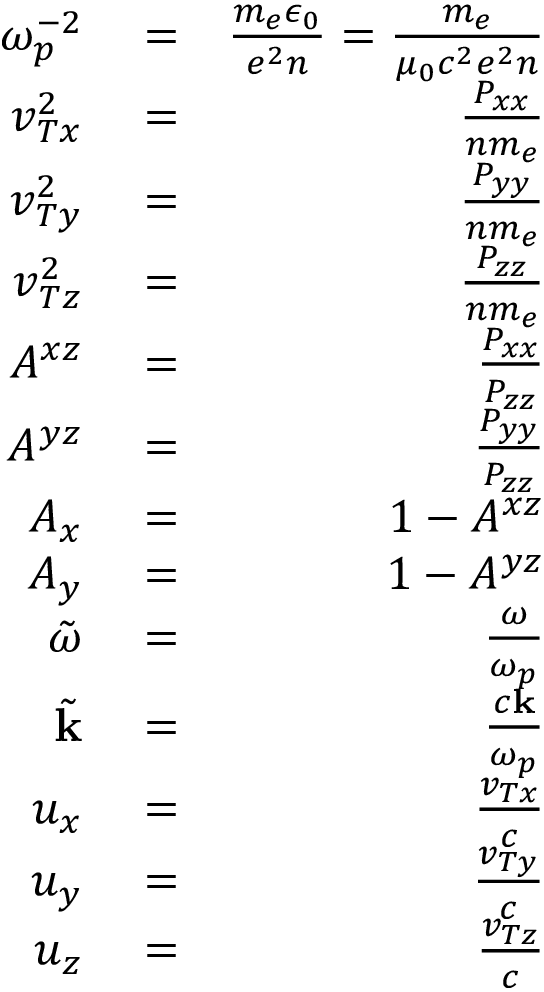
\begin{array} { r l r } { \omega _ { p } ^ { - 2 } } & { { } = } & { { \frac { m _ { e } \epsilon _ { 0 } } { e ^ { 2 } n } } = { \frac { m _ { e } } { \mu _ { 0 } c ^ { 2 } e ^ { 2 } n } } } \\ { v _ { T x } ^ { 2 } } & { { } = } & { { \frac { P _ { x x } } { n m _ { e } } } } \\ { v _ { T y } ^ { 2 } } & { { } = } & { { \frac { P _ { y y } } { n m _ { e } } } } \\ { v _ { T z } ^ { 2 } } & { { } = } & { { \frac { P _ { z z } } { n m _ { e } } } } \\ { A ^ { x z } } & { { } = } & { \frac { P _ { x x } } { P _ { z z } } } \\ { A ^ { y z } } & { { } = } & { \frac { P _ { y y } } { P _ { z z } } } \\ { A _ { x } } & { { } = } & { 1 - A ^ { x z } } \\ { A _ { y } } & { { } = } & { 1 - A ^ { y z } } \\ { \tilde { \omega } } & { { } = } & { \frac { \omega } { \omega _ { p } } } \\ { \tilde { \mathbf k } } & { { } = } & { \frac { c \mathbf k } { \omega _ { p } } } \\ { u _ { x } } & { { } = } & { \frac { v _ { T x } } { c } } \\ { u _ { y } } & { { } = } & { \frac { v _ { T y } } { c } } \\ { u _ { z } } & { { } = } & { \frac { v _ { T z } } { c } } \end{array}